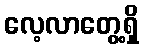
လေ့လာတွေ့ရှိ